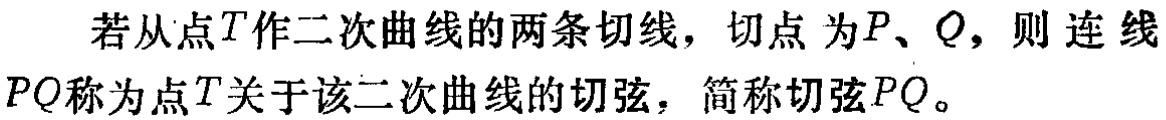
若从点\(T\)作二次曲线的两条切线，切点 为\(P\)、\(Q\)，则连线\(PQ\)称为点\(T\)关于该二次曲线的切弦，简称切弦\(PQ\)。